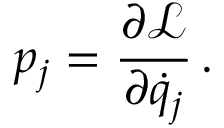
p _ { j } = { \frac { \partial { \mathcal { L } } } { \partial { \dot { q } } _ { j } } } \, .